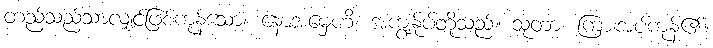
တည်သည်သာလျှင်ဖြစ်ကုန်သော။ နောအမှေဟိ၊ အကျွန်ုပ်တို့သည်။ သုတာ၊ ကြားအပ်ကုန်၏။